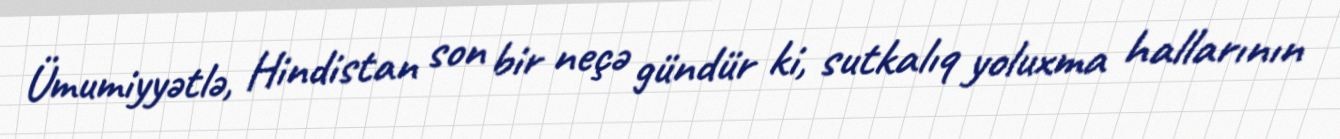
Ümumiyyətlə, Hindistan son bir neçə gündür ki, sutkalıq yoluxma hallarının